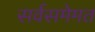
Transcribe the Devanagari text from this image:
सर्वसमेमत